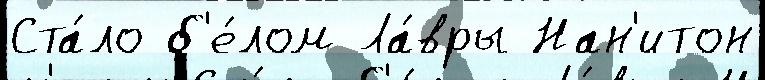
Ста́ло б'е́лом Ла́вры Нан'итон